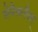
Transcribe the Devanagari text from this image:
सेनैत्तलैवर्